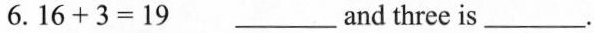
6.$$1 6 + 3 = 1 9$$ ___and three is___.